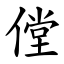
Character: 㑽